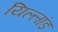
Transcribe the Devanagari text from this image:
यिल्लांड